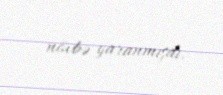
növbə yaranmışdı.